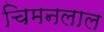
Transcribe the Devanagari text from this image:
चिमनलाल